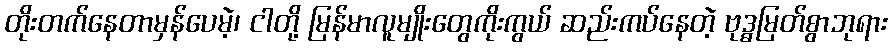
တိုးတက်နေတာမှန်ပေမဲ့၊ ငါတို့ မြန်မာလူမျိုးတွေကိုးကွယ် ဆည်းကပ်နေတဲ့ ဗုဒ္ဓမြတ်စွာဘုရား